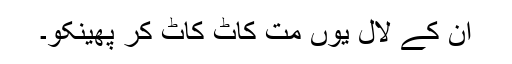
ان کے لال یوں مت کاٹ کاٹ کر پھینکو۔